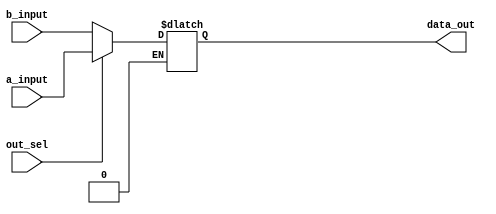
// 55:035 sisc processor project
// part 3 - swap register addresses

`timescale 1ns/100ps

module swap_reg(a_input,b_input, out_sel, data_out);

/**
* SWAP REG REGISTER FILE - swap_reg.v
*Inputs:	
*	-a_input (4bits): Address of RS 
*	-b_input (4bits): Address of RT
*	-out_sel 1 bit: choose which register to output to multiplexer. multiplexer inputs into rf
*		0 -> swap rs; 1-> swap rt
*OUTPUTS:
*	-data_out (4bits): Address of register to be swapped
*/

input [3:0] a_input;
input [3:0] b_input;
input out_sel;

output [3:0] data_out;
reg [3:0] data_out;

always @ (a_input,b_input, out_sel)
begin
	if(out_sel == 1'b0)
	begin
		data_out <= b_input;
	end
	if(out_sel == 1'b1)
	begin
		data_out <= a_input;
	end
end

endmodule